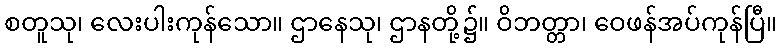
စတူသု၊ လေးပါးကုန်သော။ ဌာနေသု၊ ဌာနတို့၌။ ဝိဘတ္တာ၊ ဝေဖန်အပ်ကုန်ပြီ။